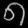
Digit: ၈